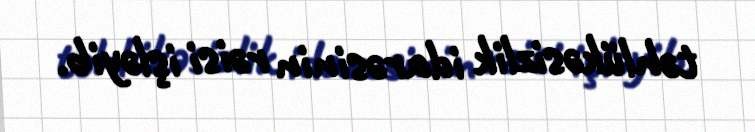
təhlükəsizlik idarəsinin rəisi işləyib.